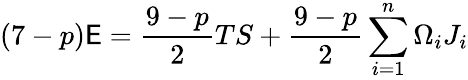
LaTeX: (7-p)\mathsf{E}=\frac{{9-p}}{{2}}TS+\frac{{9-p}}{{2}}\sum_{i=1}^{n}\Omega_{i}J_{i}